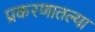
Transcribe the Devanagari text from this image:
प्रकरणातल्या